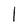
Character: l